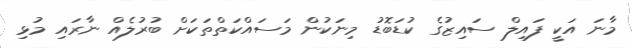
މާނަ އަކީ ފައިލް ސައިޒުގެ ކުޑަބޮޑު މިނަކުން މަސައްކަތްތަކަށް ބުރުލެއް ނާރައި މުޅި